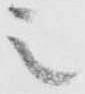
之